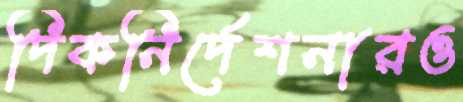
দিকনির্দেশনারও